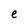
Character: e